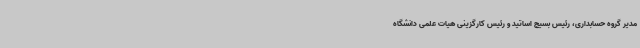
مدیر گروه حسابداری، رئیس بسیج اساتید و رئیس کارگزینی هیات علمی دانشگاه